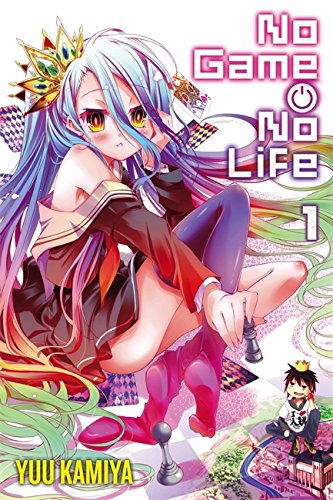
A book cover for No Game No Life, Vol. 1; Yuu Kamiya; Comics & Graphic Novels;